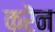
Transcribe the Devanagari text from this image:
करॆन